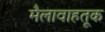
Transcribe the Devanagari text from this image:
मैलावाहतूक